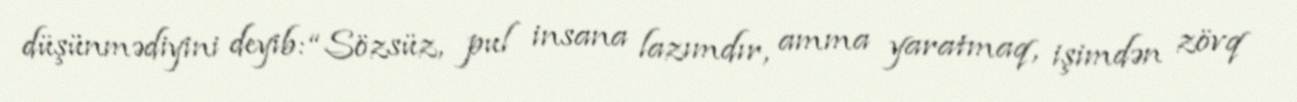
düşünmədiyini deyib: “Sözsüz, pul insana lazımdır, amma yaratmaq, işimdən zövq